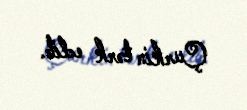
Çurkin tərk edib.